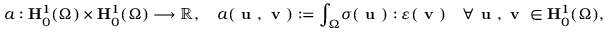
a : \mathbf { H } _ { 0 } ^ { 1 } ( \Omega ) \times \mathbf { H } _ { 0 } ^ { 1 } ( \Omega ) \longrightarrow \mathbb { R } , \quad a ( \textbf { u } , \textbf { v } ) : = \displaystyle { \int _ { \Omega } } \boldsymbol { \sigma } ( \textbf { u } ) : \boldsymbol { \varepsilon } ( \textbf { v } ) \quad \forall \textbf { u } , \textbf { v } \in \mathbf { H } _ { 0 } ^ { 1 } ( \Omega ) ,